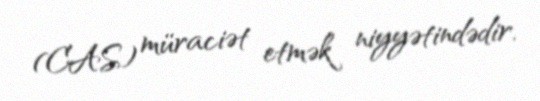
(CAS) müraciət etmək niyyətindədir.